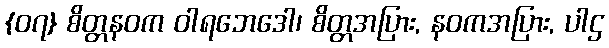
{၀၇} စိတ္တနဝက ဝါရဘေဒေါ၊ စိတ္တအပြား, နဝကအပြား, ပါဌ